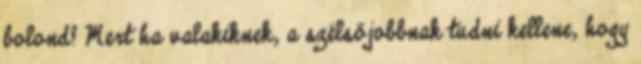
bolond? Mert ha valakiknek, a szélsőjobbnak tudni kellene, hogy